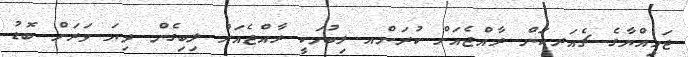
ޖަމިއްޔާގެ ޗެއަރކަން ރާއްޖެއަށް ކުރަންއ ލިބުމަކީ ރާއްޖެއަށް ލިބިގެން ދިޔަ ވަރަށް ބޮޑު